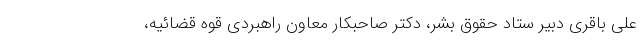
علی باقری دبیر ستاد حقوق بشر، دکتر صاحبکار معاون راهبردی قوه قضائیه،